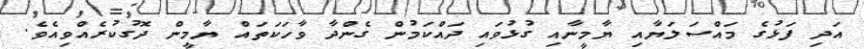
އަދި ފަޅުގެ މައްސަލަޔާއި ޔާމީނާއި ގުޅުވައި ދައްކަމުން ގެންދާ ވާހަކަތައް ޔާމީން ދޮގުކުރެއްވިއެވެ.